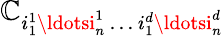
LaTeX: \mathbb{C}_{i_{1}^{1}\ldotsi_{n}^{1}\, \ldots\, i_{1}^{d}\ldotsi_{n}^{d}}